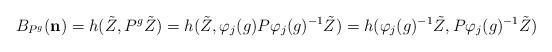
LaTeX: \begin{align*}B_{P^{g}}(\mathbf{n)} =h(\tilde{Z},P^{g}\tilde{Z})=h(\tilde{Z},\varphi_{j}(g)P\varphi_{j}(g)^{-1}\tilde{Z})=h(\varphi_{j}(g)^{-1}\tilde{Z},P\varphi_{j}(g)^{-1}\tilde{Z})\end{align*}